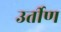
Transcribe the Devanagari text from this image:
उर्तीण